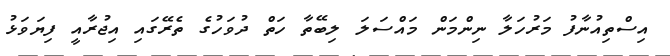
އިސްތިއުނާފު މަރުހަލާ ނިންމަން މައްސަލަ ލިބޭތާ ހަތް ދުވަހުގެ ތެރޭގައި އިޖުރާއީ ފިޔަވަޅު